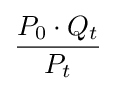
{\frac {P_{0}\cdot Q_{t}}{P_{t}}}